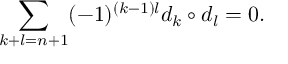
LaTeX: \sum _ { k + l = n + 1 } ( - 1 ) ^ { ( k - 1 ) l } d _ { k } \circ d _ { l } = 0 .